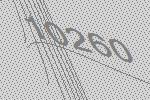
10260